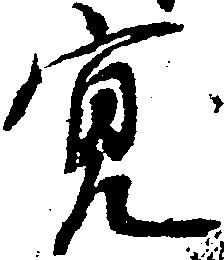
寛